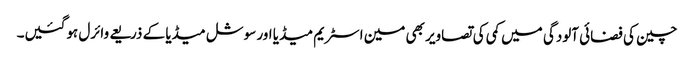
چین کی فضائی آلودگی میں کمی کی تصاویر بھی مین اسٹریم میڈیا اور سوشل میڈیا کے ذریعے وائرل ہوگئیں۔